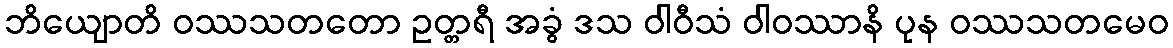
ဘိယျောတိ ဝဿသတတော ဥတ္တရီ အခွံ ဒသ ဝါဝီသံ ဝါဝဿာနိ ပုန ဝဿသတမေဝ